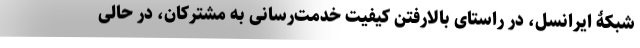
شبکۀ ایرانسل، در راستای بالارفتن کیفیت خدمت‌رسانی به مشترکان، در حالی